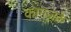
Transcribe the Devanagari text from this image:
कागज़के